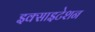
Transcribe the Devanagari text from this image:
इक्साइटेशन